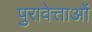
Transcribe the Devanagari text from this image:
पुरावेत्ताओं